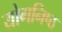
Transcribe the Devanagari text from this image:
योगनिष्ठ